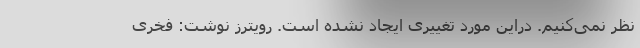
نظر نمی‌کنیم. دراین مورد تغییری ایجاد نشده است. رویترز نوشت: فخری